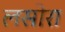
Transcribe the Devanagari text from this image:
लसोरा